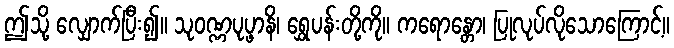
ဤသို့ လျှောက်ပြီး၍။ သုဝဏ္ဏပုပ္ဖာနိ၊ ရွှေပန်းတို့ကို။ ကရောန္တော၊ ပြုလုပ်လိုသောကြောင့်။